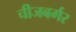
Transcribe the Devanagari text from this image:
चीजबर्गर